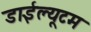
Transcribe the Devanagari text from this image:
डाईल्यूटम